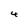
Character: 4